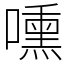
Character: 嚑